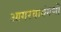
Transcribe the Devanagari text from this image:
आगरवायंगणी